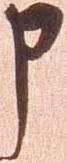
申